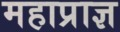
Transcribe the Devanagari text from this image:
महाप्राज्ञ